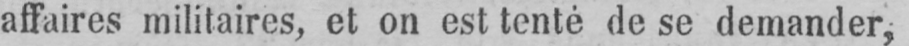
affaires militaires, et on est tenté de se demander,